Lunatic asylums in Bengal annual reports 1912-1924 - 1912-1924
Year: 1912
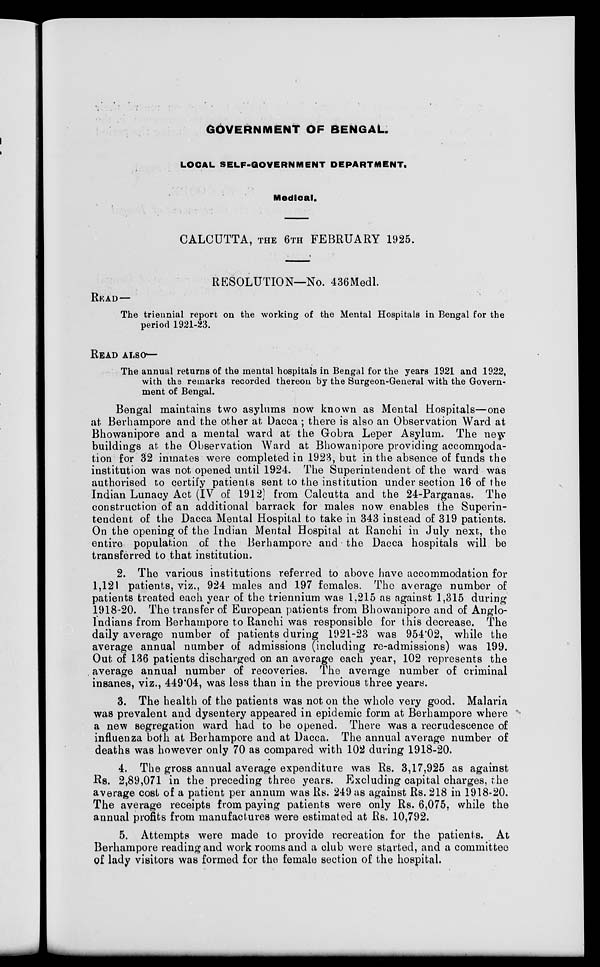
GOVERNMENT OF BENGAL.
LOCAL SELF-GOVERNMENT DEPARTMENT.
Medical.
CALCUTTA, THE 6TH FEBRUARY 1925.
RESOLUTION—No. 436Medl.
READ—
The triennial report on the working of the Mental Hospitals in Bengal for the
period 1921-23.
READ ALSO—
The annual returns of the mental hospitals in Bengal for the years 1921 and 1922,
with the remarks recorded thereon by the Surgeon-General with the Govern-
ment of Bengal.
Bengal maintains two asylums now known as Mental Hospitals—one
at Berhampore and the other at Dacca ; there is also an Observation Ward at
Bhowanipore and a mental ward at the Gobra Leper Asylum. The new
buildings at the Observation Ward at Bhowanipore providing accommoda-
tion for 32 inmates were completed in 1923, but in the absence of funds the
institution was not opened until 1924. The Superintendent of the ward was
authorised to certify patients sent to the institution under section 16 of the
Indian Lunacy Act (IV of 1912) from Calcutta and the 24-Parganas. The
construction of an additional barrack for males now enables the Superin-
tendent of the Dacca Mental Hospital to take in 343 instead of 319 patients.
On the opening of the Indian Mental Hospital at Ranchi in July next, the
entire population of the Berhampore and the Dacca hospitals will be
transferred to that institution.
2. The various institutions referred to above have accommodation for
1,121 patients, viz., 924 males and 197 females. The average number of
patients treated each year of the triennium was 1,215 as against 1,315 during
1918-20. The transfer of European patients from Bhowanipore and of Anglo-
Indians from Berhampore to Ranchi was responsible for this decrease. The
daily average number of patients during 1921-23 was 954.02, while the
average annual number of admissions (including re-admissions) was 199.
Out of 136 patients discharged on an average each year, 102 represents the
average annual number of recoveries. The average number of criminal
insanes, viz., 449.04, was less than in the previous three years.
3. The health of the patients was not on the whole very good. Malaria
was prevalent and dysentery appeared in epidemic form at Berhampore where
a new segregation ward had to be opened. There was a recrudescence of
influenza both at Berhampore and at Dacca. The annual average number of
deaths was however only 70 as compared with 102 during 1918-20.
4. The gross annual average expenditure was Rs. 3,17,925 as against
Rs. 2,89,071 in the preceding three years. Excluding capital charges, the
average cost of a patient per annum was Rs. 249 as against Rs. 218 in 1918-20.
The average receipts from paying patients were only Rs. 6,075, while the
annual profits from manufactures were estimated at Rs. 10,792.
5. Attempts were made to provide recreation for the patients. At
Berhampore reading and work rooms and a club were started, and a committee
of lady visitors was formed for the female section of the hospital.